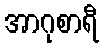
အာဂုစာရီ